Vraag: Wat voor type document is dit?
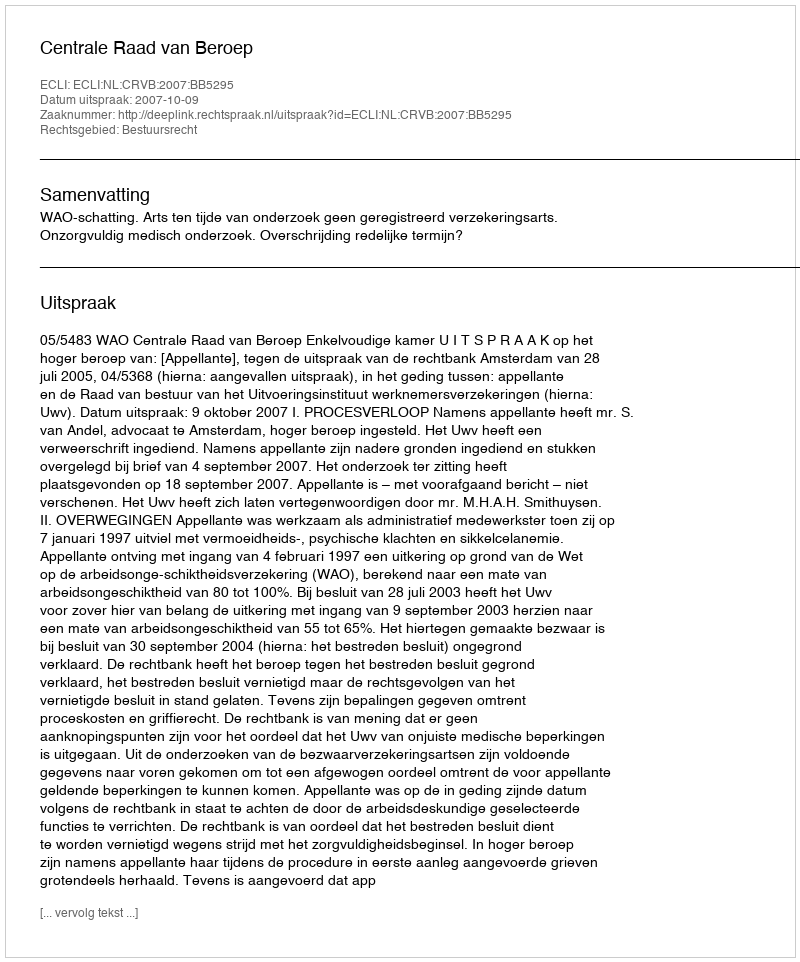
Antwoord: Uitspraak